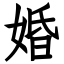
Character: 婚